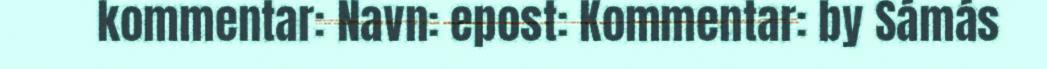
kommentar: Navn: epost: Kommentar: by Sámás